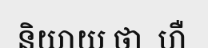
និយាយ ថា  ហឺ